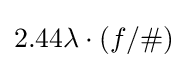
2.44\lambda \cdot (f/\#)